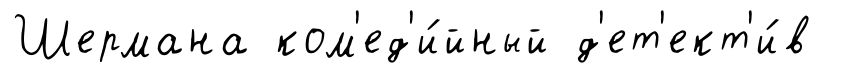
Шермана ком'ед'и́йный д'ет'ект'и́в